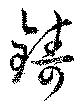
鋳